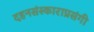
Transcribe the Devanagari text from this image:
दहनसंस्काराप्रसंगी